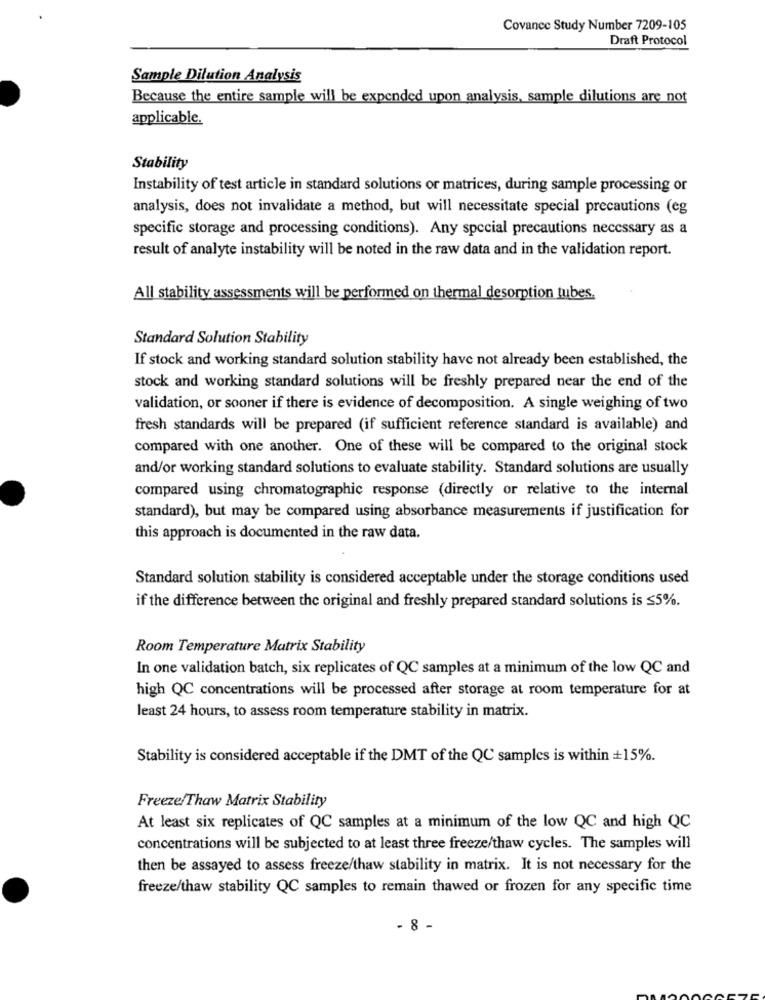
Covance Study Number 7209-105
Draft Protocol
Sample Dilution Analysis
Because the entire sample will be expended upon analysis, sample dilutions are not
applicable.
Stability
Instability of test article in standard solutions or matrices, during sample processing or
analysis, does not invalidate a method, but will necessitate special precautions (eg
specific storage and processing conditions). Any special precautions necessary as a
result of analyte instability will be noted in the raw data and in the validation report.
All stability assessments will be performed on thermal desorption tubes.
Standard Solution Stability
If stock and working standard solution stability have not already been established, the
stock and working standard solutions will be freshly prepared near the end of the
validation, or sooner if there is evidence of decomposition. A single weighing of two
fresh standards will be prepared (if sufficient reference standard is available) and
compared with one another. One of these will be compared to the original stock
and/or working standard solutions to evaluate stability. Standard solutions are usually
compared using chromatographic response (directly or relative to the internal
standard), but may be compared using absorbance measurements if justification for
this approach is documented in the raw data.
Standard solution stability is considered acceptable under the storage conditions used
if the difference between the original and freshly prepared standard solutions is ≤5%.
Room Temperature Matrix Stability
In one validation batch, six replicates of QC samples at a minimum of the low QC and
high QC concentrations will be processed after storage at room temperature for at
least 24 hours, to assess room temperature stability in matrix.
Stability is considered acceptable if the DMT of the QC samples is within +15%.
Freeze/Thaw Matrix Stability
At least six replicates of QC samples at a minimum of the low QC and high QC
concentrations will be subjected to at least three freeze/thaw cycles. The samples will
then be assayed to assess freeze/thaw stability in matrix. It is not necessary for the
freeze/thaw stability QC samples to remain thawed or frozen for any specific time
- 8 -